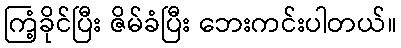
ကြံ့ခိုင်ပြီး ဇိမ်ခံပြီး ဘေးကင်းပါတယ်။